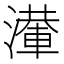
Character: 𣿢